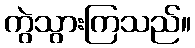
ကွဲသွားကြသည်။